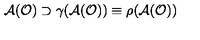
{ \cal A } ( { \cal O } ) \supset \gamma ( { \cal A } ( { \cal O } ) ) \equiv \rho ( { \cal A } ( { \cal O } ) )